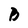
Character: B